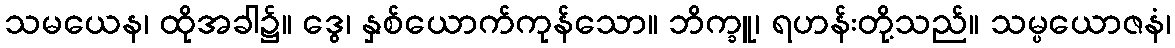
သမယေန၊ ထိုအခါ၌။ ဒွေ၊ နှစ်ယောက်ကုန်သော။ ဘိက္ခူ၊ ရဟန်းတို့သည်။ သမ္ပယောဇနံ၊